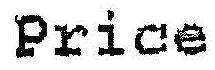
PRICE